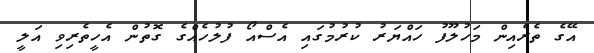
އޭގެ ތެރެއިން މަހުލޫފު ހައްޔަރު ކުރުމުގައި އެސްއޯ ފުލުހެއްގެ ގޮތުން އެހީތެރިވި އަލީ